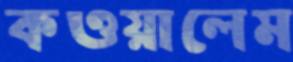
কওয়ালেম